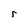
Character: r